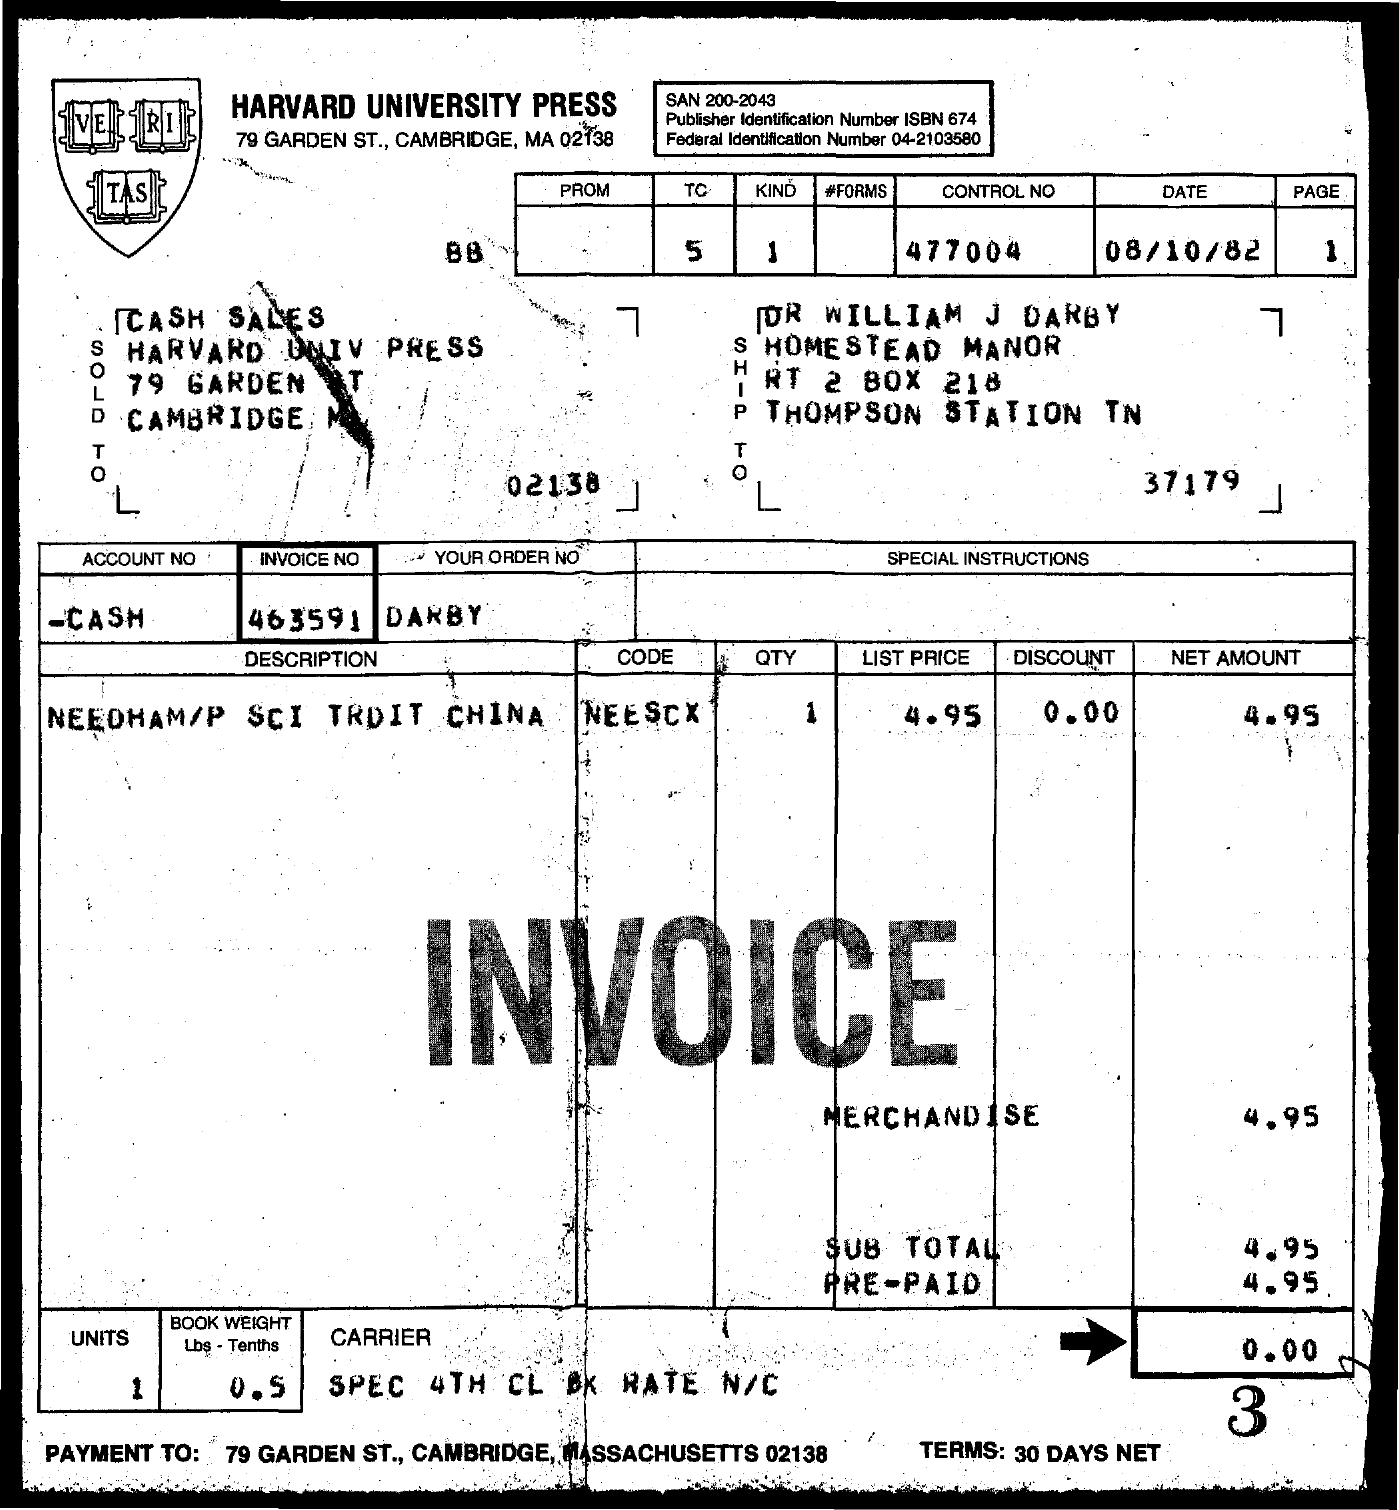
HARVARD UNIVERSITY PRESS SAN 200-2043
     79 GARDEN ST ., CAMBRIDGE, MA 02138
     Publisher Identification Number ISBN 674
     Federal Identification Number 04-2103580
     PROM   TC  KIND #FORMS CONTROL NO  DATE    PAGE
     88    5    1    477004    08/10/82    1
     CASH SALES    ØR WILLIAM  J DARBY
     S HARVARD   DUIV  PRESS
     H
     S HOMESTEAD  MANOR
     L  79 GARDEN    RT  2 BOX  218
     D CAMBRIDGE    P THOMPSON  STATION  TN
     HON ₸
     02138    37179
     ACCOUNT NO INVOICE NO * YOUR ORDER NO    SPECIAL INSTRUCTIONS
   -CASH    463591  DARBY
     DESCRIPTION    CODE    QTY   LIST PRICE DISCOUNT NET AMOUNT
   NEEDHAM/P  SCI  TRDIT  CHINA   NEE SCX    4.95    0.00    4.95
     INVOICE
     MERCHANDISE    4.95
     SUB  TOTAL    4.95
     PRE-PAID    4.95
    UNITS
     BOOK WEIGHT
     Lbs - Tenths CARRIER    0.00
     1    0.5   SPEC 4TH  CL BK RATE  N/C
     3
   PAYMENT TO: 79 GARDEN ST ., CAMBRIDGE, MASSACHUSETTS 02138 TERMS: 30 DAYS NET